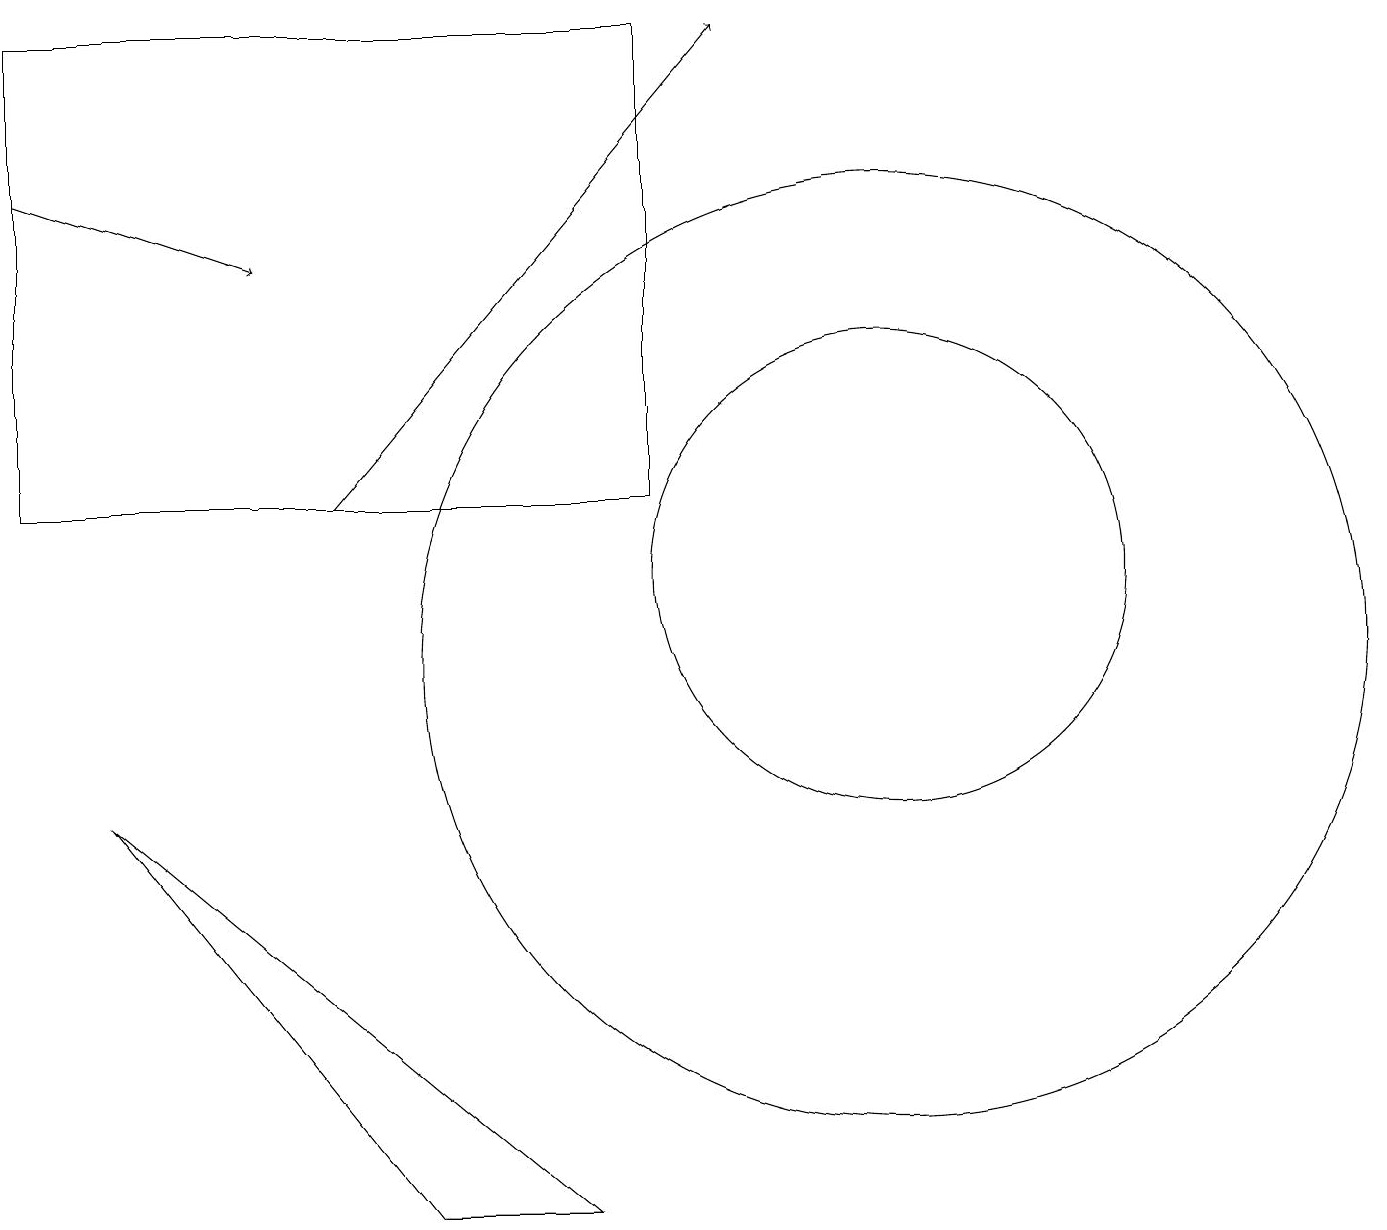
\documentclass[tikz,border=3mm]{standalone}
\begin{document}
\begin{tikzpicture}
\draw (11,10) circle (6);
\draw (0,18) rectangle (8,12);
\draw (5,3) -- (7,3) -- (1,8) -- cycle;
\draw[->] (4,12) -- (9,18);
\draw (11,11) circle (3);
\draw[->] (0,16) -- (3,15);
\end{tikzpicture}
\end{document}